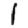
Digit: 1